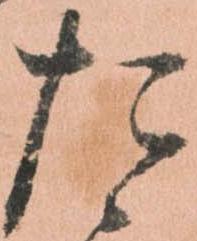
た